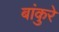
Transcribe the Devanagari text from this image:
बांकुरे